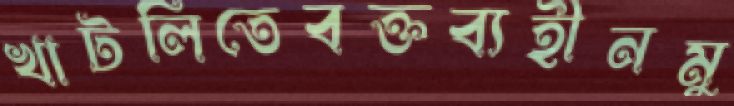
খাটলিতেবক্তব্যহীনমু